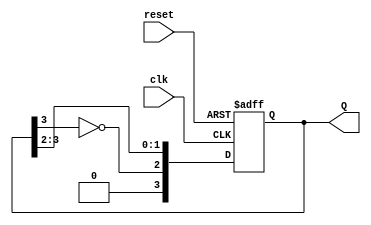
module johnson_counter #(
    parameter N = 4  // Number of flip-flops
)(
    input wire clk,      // Clock input
    input wire reset,    // Asynchronous reset
    output reg [N-1:0] Q // Output state of the counter
);

    // Sequential logic for the Johnson Counter
    always @(posedge clk or posedge reset) begin
        if (reset) begin
            Q <= 0; // Reset the counter to 0000
        end else begin
            Q <= {~Q[N-1], Q[N-1:N-2]}; // Shift and invert the last bit
        end
    end

endmodule